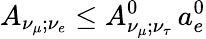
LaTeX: A_{\nu_{\mu};\nu_{e}}\leq A_{\nu_{\mu};\nu_{\tau}}^{0}\, a_{e}^{0}